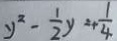
y ^ { 2 } - \frac { 1 } { 2 } y = + \frac { 1 } { 4 }